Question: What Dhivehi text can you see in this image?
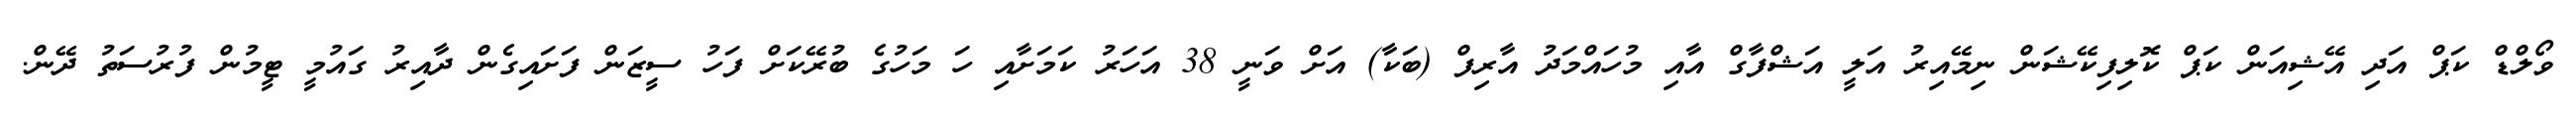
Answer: ވޯލްޑް ކަޕް އަދި އޭޝިއަން ކަޕް ކޮލިފިކޭޝަން ނިމޭއިރު އަލީ އަޝްފާގް އާއި މުހައްމަދު އާރިފް (ބަކާ) އަށް ވަނީ 38 އަހަރު ކަމަށާއި ހަ މަހުގެ ބުރޭކަށް ފަހު ސީޒަން ފަށައިގެން ދާއިރު ގައުމީ ޓީމުން ފުރުސަތު ދޭން.